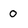
Character: 0